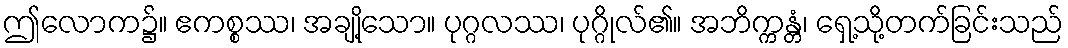
ဤလောက၌။ ဧကစ္စဿ၊ အချို့သော။ ပုဂ္ဂလဿ၊ ပုဂ္ဂိုလ်၏။ အဘိက္ကန္တံ၊ ရှေ့သို့တက်ခြင်းသည်